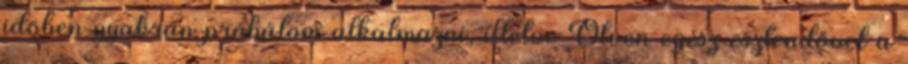
időben gyakran próbálom alkalmazni, illetve Ötven egész esztendővel a